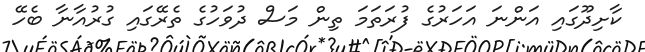
ކާށިދޫގައި އަންނަ އަހަރުގެ ފުރަތަމަ ތިން މަސް ދުވަހުގެ ތެރޭގައި ގުރުއާނާ ބެހޭ